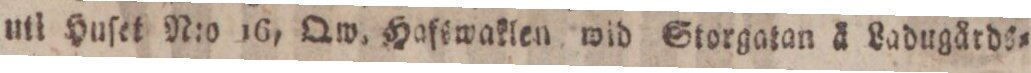
uti Huſet N:o 16, Qw. Hafswaklen wid Storgatan å Ladugårds=